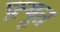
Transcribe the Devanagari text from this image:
प्रत्यूत